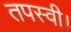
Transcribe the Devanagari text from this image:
तपस्वी।